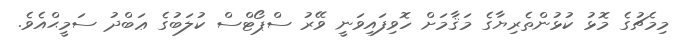
މިމެޗުގެ މޮޅު ކުޅުންތެރިޔާގެ މަޤާމަށް ހޮވިފައިވަނީ ވޭރު ސްޕޯޓްސް ކުލަބުގެ ޢަބްދު ސަމީޙްއެވެ.